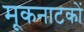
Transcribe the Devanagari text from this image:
मूकनाटकों